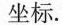
坐标.